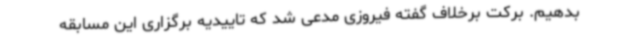
بدهیم. برکت برخلاف گفته فیروزی مدعی شد که تاییدیه برگزاری این مسابقه